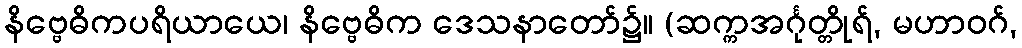
နိဗ္ဗေဓိကပရိယာယေ၊ နိဗ္ဗေဓိက ဒေသနာတော်၌။ (ဆက္ကအင်္ဂုတ္တိုရ်, မဟာဝဂ်,